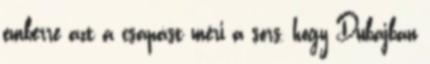
emberre azt a csapást méri a sors, hogy Dubajban